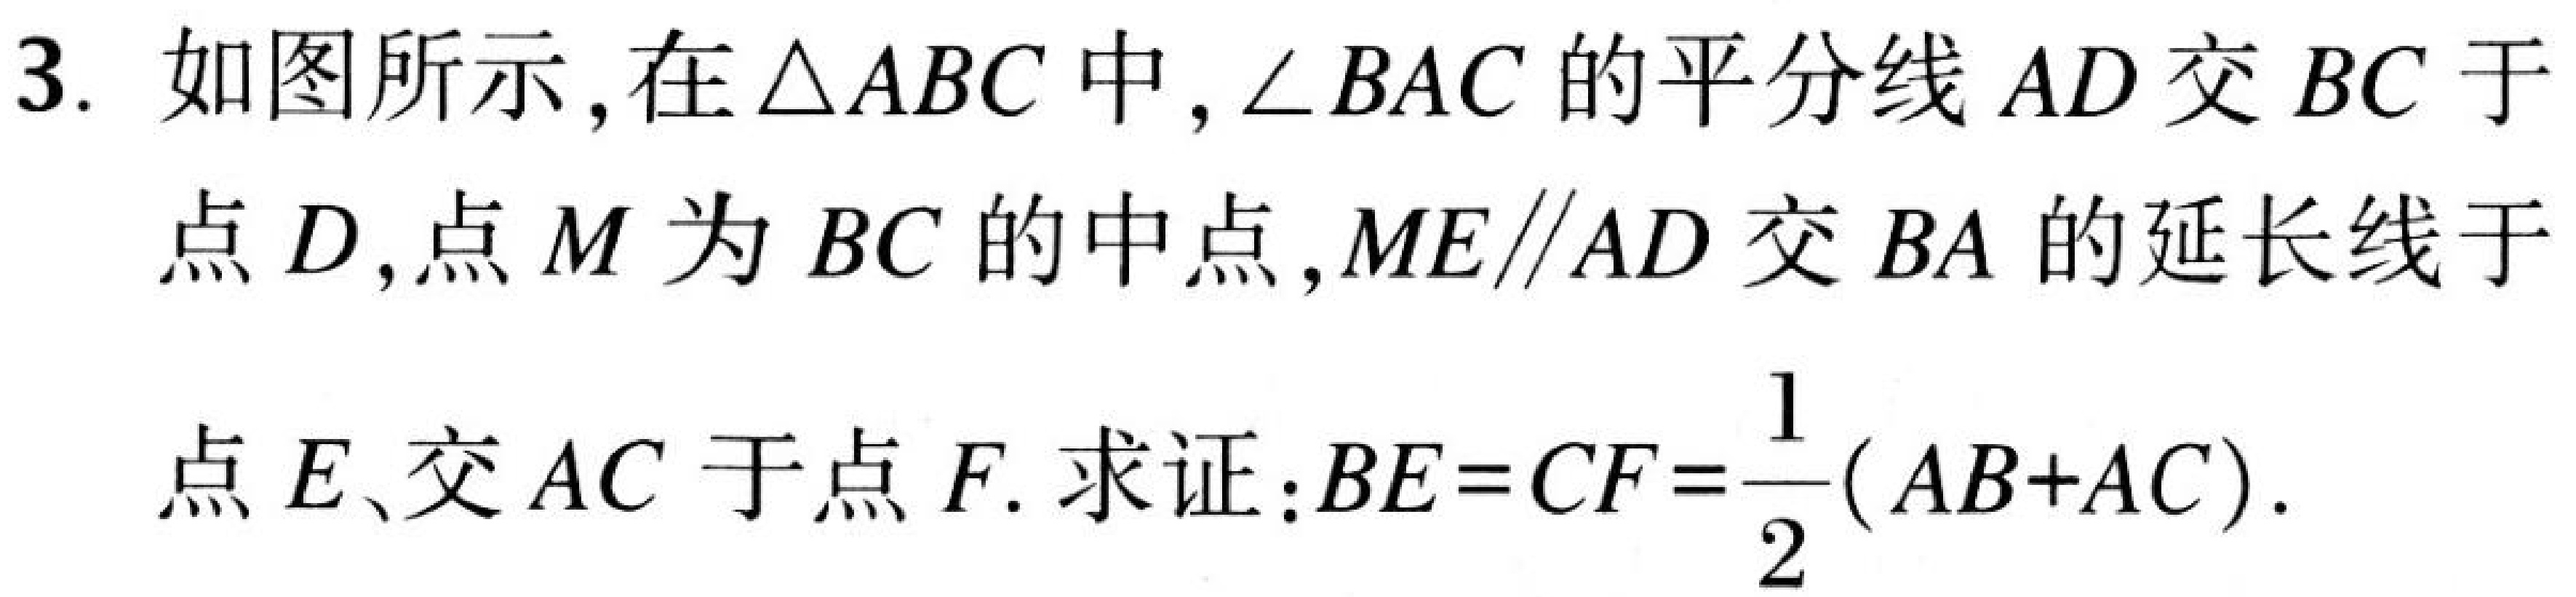
3. 如图所示，在\(\triangle ABC\)中，\(\angle BAC\)的平分线\(AD\)交\(BC\)于点\(D\)，点\(M\)为\(BC\)的中点，\(ME\parallel AD\)交\(BA\)的延长线于点\(E\)、交\(AC\)于点\(F\). 求证：\(BE = CF=\frac{1}{2}(AB + AC)\).